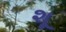
શૂ